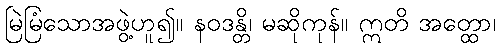
မြဲမြံသောအဖွဲ့ဟူ၍။ နဝဒန္တိ၊ မဆိုကုန်။ ဣတိ အတ္ထော၊